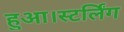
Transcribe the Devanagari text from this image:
हुआ।स्टर्लिंग